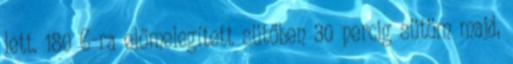
lett. 180 C-ra előmelegített sütőben 30 percig sütöm majd,